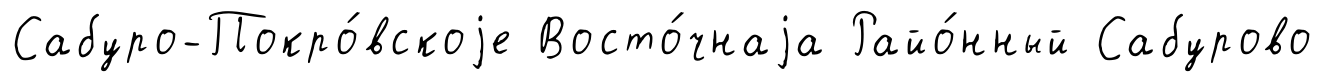
Сабуро-Покро́вскоjе Восто́чнаjа Райо́нный Сабурово